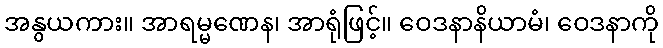
အနွယကား။ အာရမ္မဏေန၊ အာရုံဖြင့်။ ဝေဒနာနိယာမံ၊ ဝေဒနာကို